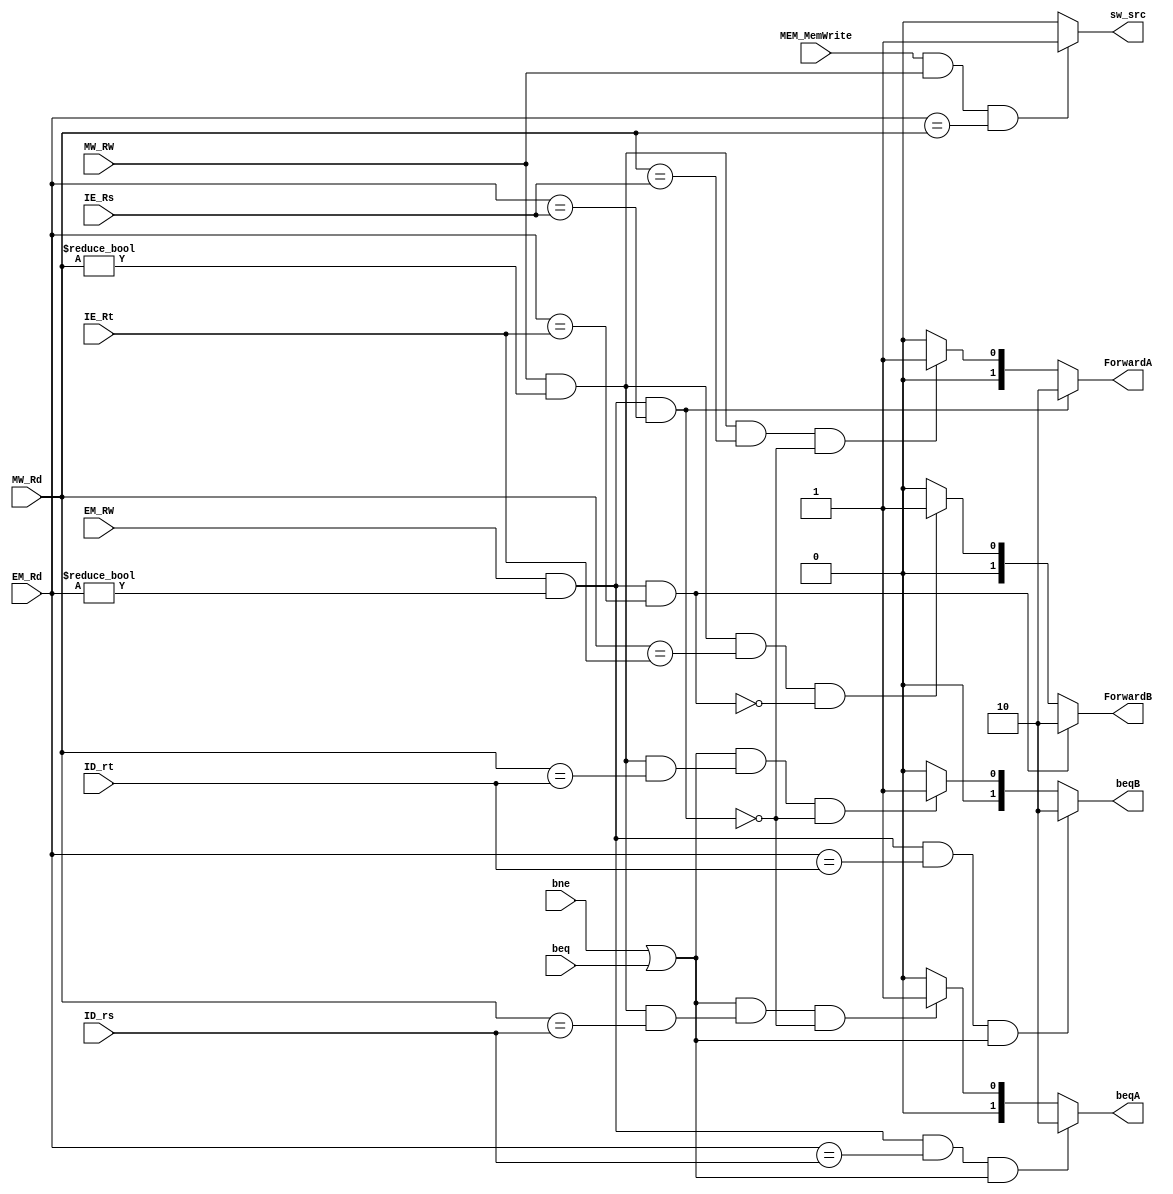
`timescale 1ns / 1ps
//////////////////////////////////////////////////////////////////////////////////
// Company: 
// Engineer: 
// 
// Design Name: 
// Module Name: forwarding
// Project Name: 
// Target Devices: 
// Tool Versions: 
// Description: 
// 
// Dependencies: 
// 
// Revision:
// Revision 0.01 - File Created
// Additional Comments:
// 
//////////////////////////////////////////////////////////////////////////////////

module forwarding(
    input beq,
    input bne,
    input [4:0] ID_rs,
    input [4:0] ID_rt,
    input EM_RW, 
    input MW_RW,
    input MEM_MemWrite,
    input [4:0] EM_Rd,
    input [4:0] IE_Rs,
    input [4:0] IE_Rt,
    input [4:0] MW_Rd,
    output [1:0] beqA,
    output [1:0] beqB,
    output  [1:0] ForwardA,
    output  [1:0] ForwardB,
    output sw_src
    
    );

reg [1:0] tmpA,tmp_beqA;
reg [1:0] tmpB, tmp_beqB;
reg temp_sw_src;
initial begin
    tmp_beqA<=0;
    tmp_beqB<=0;
	tmpA<=0;
	tmpB<=0;
	temp_sw_src<=0;
end

always@(*)
begin
if(EM_RW && (EM_Rd!=0) && (EM_Rd==ID_rs)&& (bne||beq))
	begin
 		tmp_beqA<=2'b10;
	end
else if((bne||beq)&&(MW_RW && (MW_Rd!=0) && (MW_Rd==ID_rs))&& ~(EM_RW && (EM_Rd!=0) && (EM_Rd==IE_Rs)))
	begin
 		tmp_beqA<=2'b01;
	end
else
	begin
 		tmp_beqA<=2'b00;
	end
if(EM_RW && (EM_Rd!=0) && (EM_Rd==ID_rt)&& (bne||beq))
        begin
             tmp_beqB<=2'b10;
        end
    else if((bne||beq)&&(MW_RW && (MW_Rd!=0) && (MW_Rd==ID_rt))&& ~(EM_RW && (EM_Rd!=0) && (EM_Rd==IE_Rs)))
        begin
             tmp_beqB<=2'b01;
        end
    else
        begin
             tmp_beqB<=2'b00;
        end



if(MEM_MemWrite && MW_RW &&(EM_Rd==MW_Rd))
  begin
  temp_sw_src<=1'b1;
  end
else
begin
 temp_sw_src<=1'b0;
end  
if(EM_RW && (EM_Rd!=0) && (EM_Rd==IE_Rs))
	begin
 		tmpA<=2'b10;
	end
else if((MW_RW && (MW_Rd!=0) && (MW_Rd==IE_Rs))&& ~(EM_RW && (EM_Rd!=0) && (EM_Rd==IE_Rs)))
	begin
 		tmpA<=2'b01;
	end
else
	begin
 		tmpA<=2'b00;
	end

if(EM_RW && (EM_Rd!=0) && (EM_Rd==IE_Rt))
	begin
 		tmpB<=2'b10;
	end
else if((MW_RW && (MW_Rd!=0) && (MW_Rd==IE_Rt))&& ~(EM_RW && (EM_Rd!=0) && (EM_Rd==IE_Rt)))
	begin
 		tmpB<=2'b01;
	end
else
	begin
 		tmpB<=2'b00;
	end
end

assign beqA=tmp_beqA;
assign beqB=tmp_beqB;
assign ForwardA=tmpA;
assign ForwardB=tmpB;
assign sw_src=temp_sw_src;
endmodule
/*module forwarding(
EX_rs,EX_rt,
MEM_rd,MEM_RegWrite,
WB_rd, WB_RegWrite,
selectA, selectB
);
input EX_rs,EX_rt,MEM_rd,MEM_RegWrite,WB_rd, WB_RegWrite;
output [1:0] selectA, selectB;
reg [1:0] selectA, selectB;
initial begin
selectA<=2'b00;
selectB<=2'b00;
end
always@(*)
begin
selectA<=2'b00;
selectB<=2'b00;
if((MEM_RegWrite==1'b1)&&(MEM_rd!=0)) //EX hazard
begin
if(EX_rs==MEM_rd) selectA<=2'b10;
if(EX_rt==MEM_rd) selectB<=2'b10;
end
if((WB_RegWrite==1'b1)&&(WB_rd!=0)) // MEM hazard
begin
if(selectA==2'b00)
begin
if(EX_rs==MEM_rd) selectA<=2'b01;
end
if(selectA==2'b00)
begin
if(EX_rt==MEM_rd) selectB<=2'b01;
end
end
end
endmodule*/